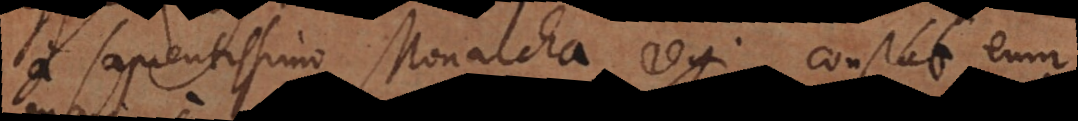
a sapientissimo Monarcha regi, constat eum